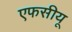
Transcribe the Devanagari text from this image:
एफसीयू